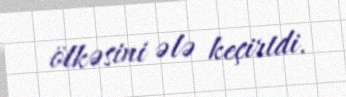
ölkəsini ələ keçirtdi.